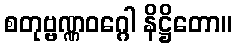
စတုဗ္ဗဏ္ဏဝဂ္ဂေါ နိဋ္ဌိတော။